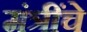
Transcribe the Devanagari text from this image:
मंत्रींचे